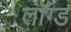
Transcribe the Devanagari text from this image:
लॉग्ड